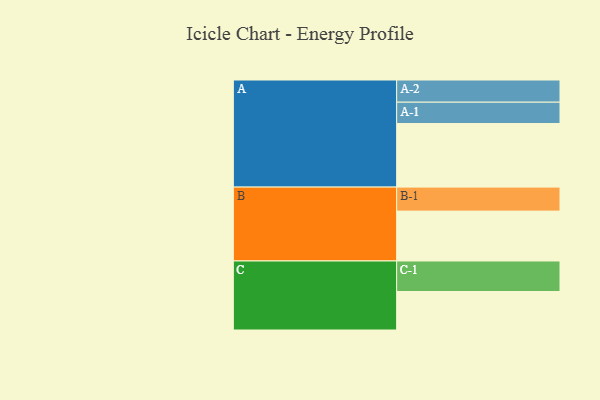
{"axis": {"x": "Segment", "y": "Value"}, "legend": ["", "A", "B", "C"], "data": [{"x": "A", "y": 588, "type": ""}, {"x": "B", "y": 461, "type": ""}, {"x": "C", "y": 356, "type": ""}, {"x": "A-1", "y": 197, "type": "A"}, {"x": "A-2", "y": 205, "type": "A"}, {"x": "B-1", "y": 222, "type": "B"}, {"x": "C-1", "y": 282, "type": "C"}]}